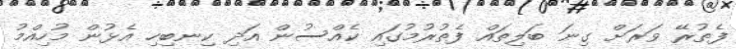
ފެތުރޭ ވަރަށް ގިނަ ބަލިތައް ފެތުރުމުގައި ކެއްސުން އަދި ކިނބިހި އެޅުން މުހިއްމު